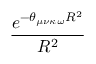
\frac { e ^ { - \theta _ { \mu \nu \kappa \omega } R ^ { 2 } } } { R ^ { 2 } }